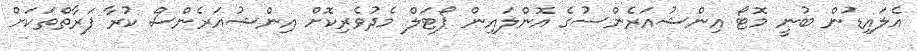
އެލައިޑުން ބުނީ މޮޓޯ އިންޝުއަރެންސުގެ އޮންލައިން ޕޯޓަލް މެދުވެރިކޮށް އިންޝުއަރެންސް ކުރާ ފަރާތްތަކަށް